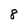
Character: 8